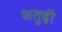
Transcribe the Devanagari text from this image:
शतुद्री